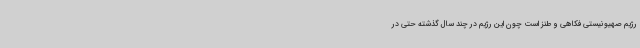
رژیم صهیونیستی فکاهی و طنز است چون این رژیم در چند سال گذشته حتی در